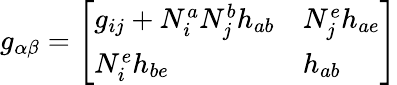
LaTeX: g_{\alpha\beta}=\left[\begin{array}{ll}{{g_{ij}+N_{i}^{a}N_{j}^{b}h_{ab}}}&{{N_{j}^{e}h_{ae}}}\\ {{N_{i}^{e}h_{be}}}&{{h_{ab}}}\end{array}\right]